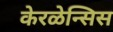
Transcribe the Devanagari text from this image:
केरळेन्सिस